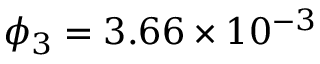
\phi _ { 3 } = 3 . 6 6 \times 1 0 ^ { - 3 }